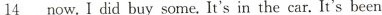
_14 now. I did buy some. It's in the car. It's been